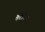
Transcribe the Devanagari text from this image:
कैटेचिंस